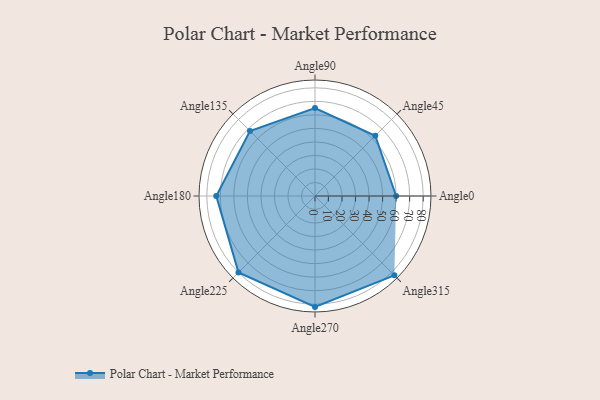
{"axis": {"x": "Angle", "y": "Radius"}, "legend": [""], "data": [{"x": "Angle0", "y": 60.0, "type": ""}, {"x": "Angle45", "y": 63.0, "type": ""}, {"x": "Angle90", "y": 65.0, "type": ""}, {"x": "Angle135", "y": 68.0, "type": ""}, {"x": "Angle180", "y": 73.0, "type": ""}, {"x": "Angle225", "y": 80.0, "type": ""}, {"x": "Angle270", "y": 82.0, "type": ""}, {"x": "Angle315", "y": 83.0, "type": ""}]}